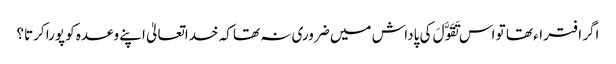
اگر افتراء تھا تو اس تَقَوَّلَ کی پاداش میں ضروری نہ تھا کہ خداتعالیٰ اپنے وعدہ کو پورا کرتا؟